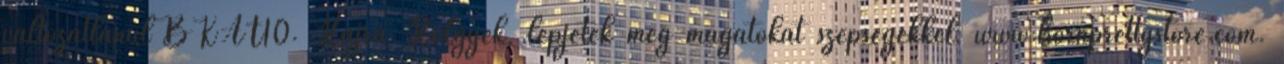
változatlanul BKAT10. Hajrá Hölgyek, lepjétek meg magatokat szépségekkel: www.bornprettystore.com.